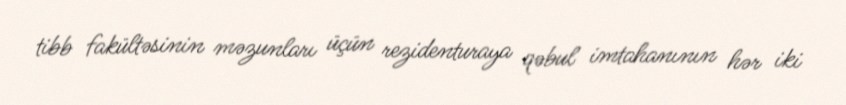
tibb fakültəsinin məzunları üçün rezidenturaya qəbul imtahanının hər iki